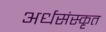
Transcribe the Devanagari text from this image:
अर्धसंस्कृत